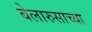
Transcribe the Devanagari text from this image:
बेलारुसाच्या